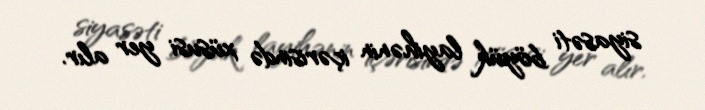
siyasəti böyük layihənin içərisində xüsusi yer alır.